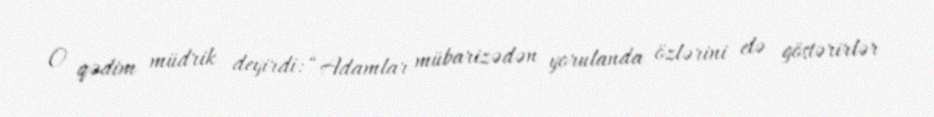
O qədim müdrik deyirdi: “Adamlar mübarizədən yorulanda özlərini elə göstərirlər